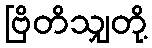
ဗြိတိသျှတို့